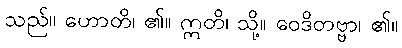
သည်။ ဟောတိ၊ ၏။ ဣတိ၊ သို့။ ဝေဒိတဗ္ဗာ၊ ၏။